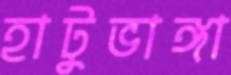
হাটুভাঙ্গা